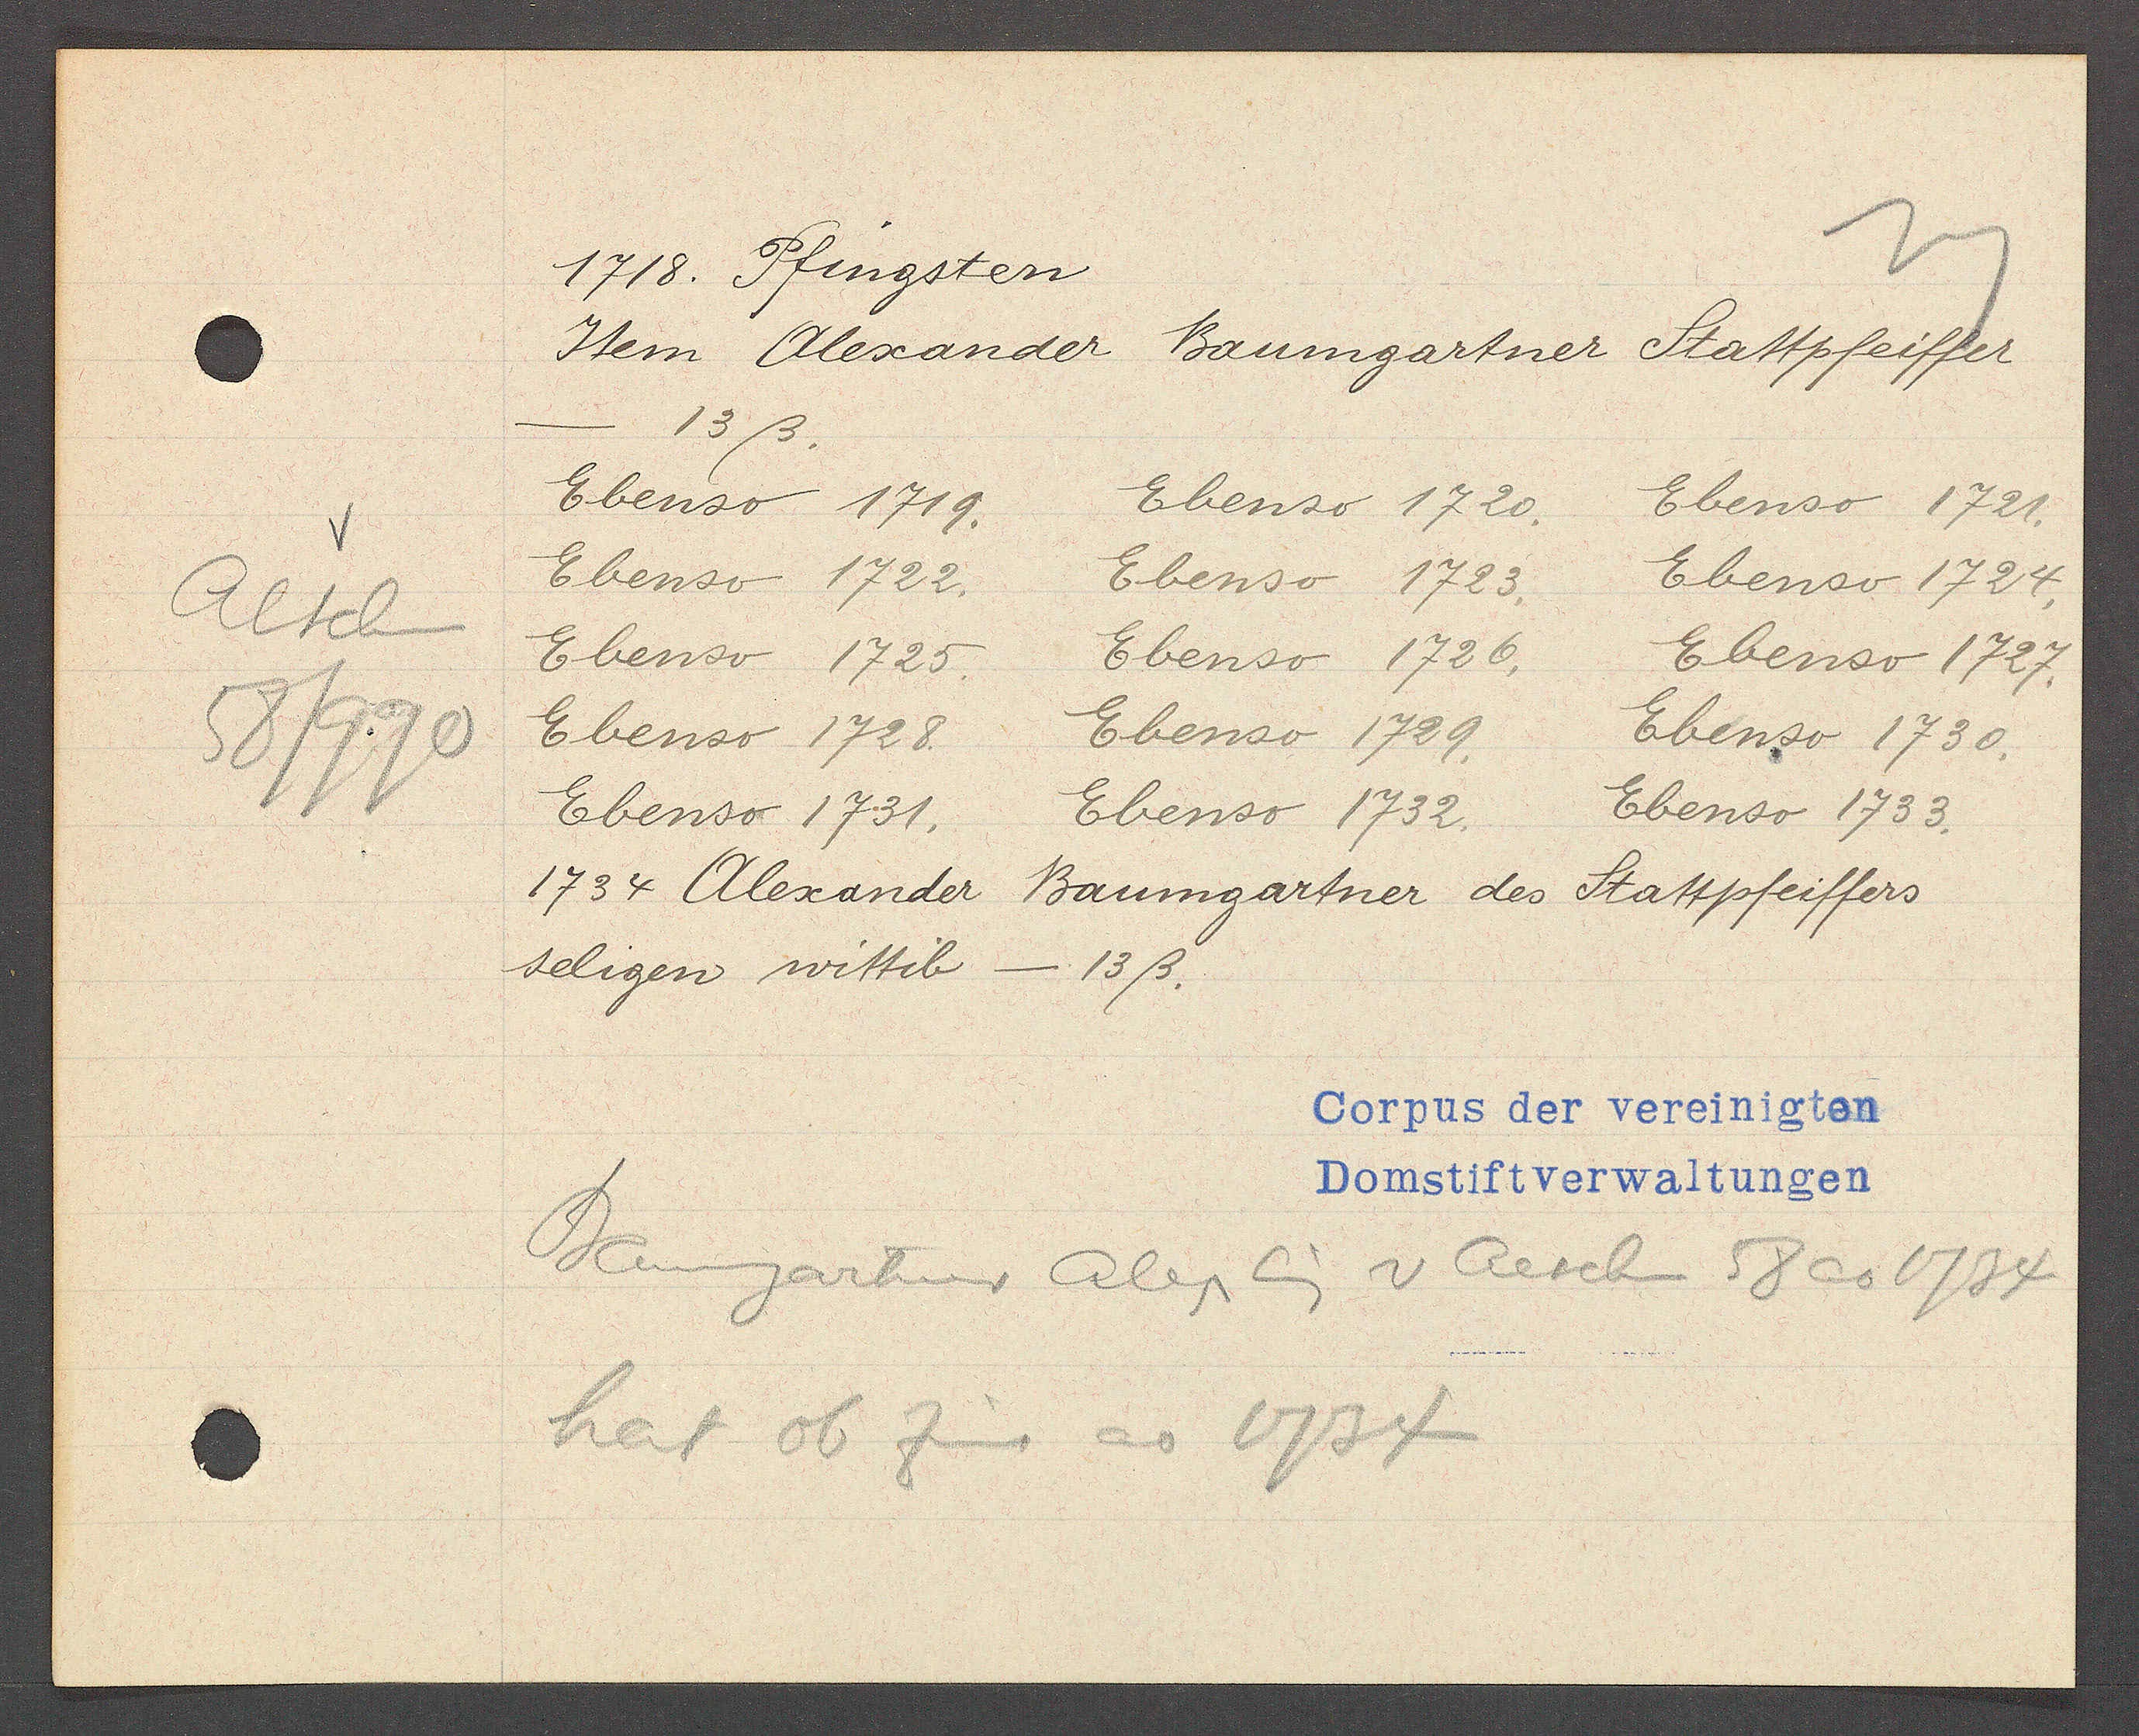
Transcript:
Aeschen
58/990

1718. Pfingsten

Item Alexander
Baumgartner Stattpfeiffer
13ß.
Ebenso 1719.
Ebenso 1720.
Ebenso 1721.
Ebenso 1722.
Ebenso 1723.
Ebenso 1724.
Ebenso 1725.
Ebenso 1726.
Ebenso 1727.
Ebenso 1728.
Ebenso 1729.
Ebenso 1730.
Ebenso 1731.
Ebenso 1732.
Ebenso 1733.
1734 Alexander
Baumgartner des Stattpfeiffers
seligen wittib
13ß.

Corpus der vereinigten
Domstiftverwaltungen

Baumgartner Alex Eig v Aeschen 58 ao 1734
hat ob Zins ao 1734